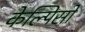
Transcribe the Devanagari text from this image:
केल्पिसो